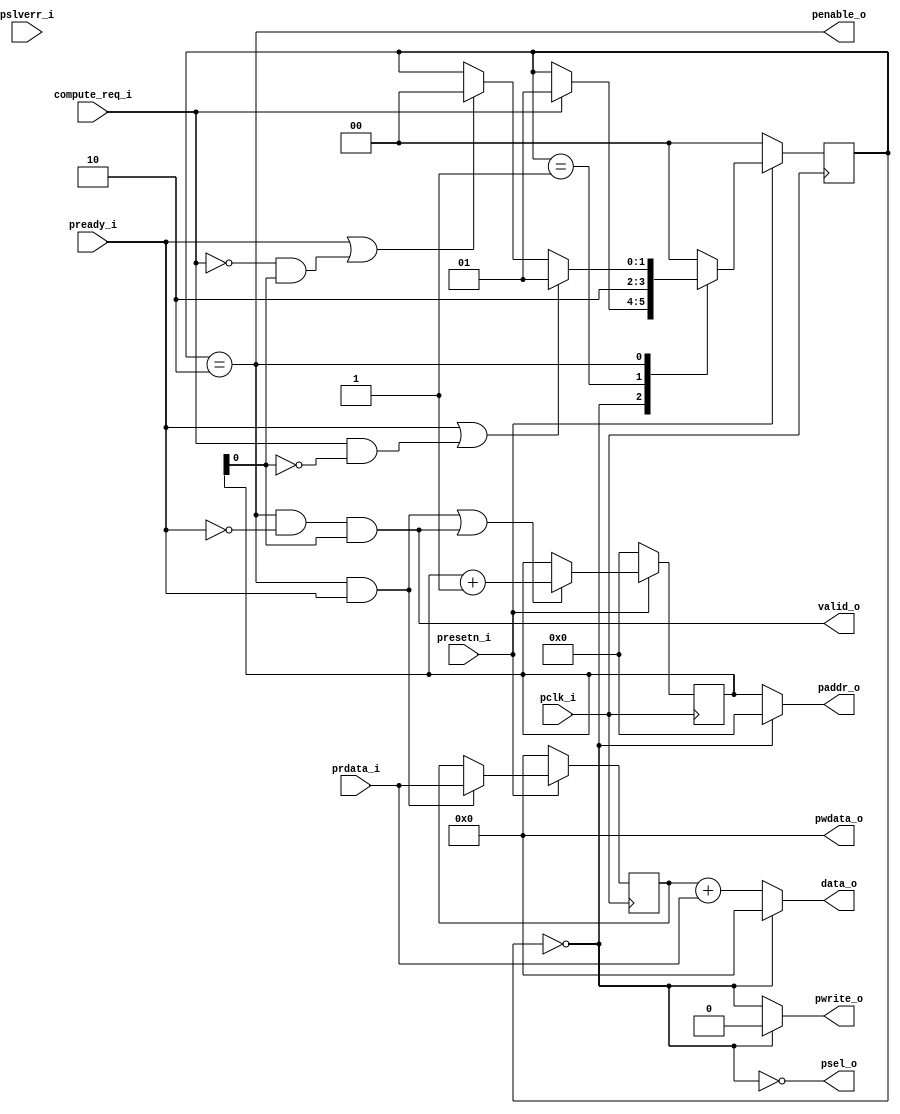

module computer(
input pclk_i,
input presetn_i,
input compute_req_i,
input [31:0] prdata_i,
input pready_i,
input pslverr_i,
output psel_o,
output penable_o,
output [7:0] paddr_o,
output [31:0] pwdata_o,
output pwrite_o,
output [31:0] data_o,
output valid_o
    );
    reg [7:0] ad_counter=0;
    reg [31:0] reg_data;
    
    localparam idle = 2'b00;
    localparam setup = 2'b01;
    localparam transfer = 2'b10;
    
    reg [1:0] state, state_next;
       
    always@(posedge pclk_i) begin
        if(~presetn_i)
            state <= idle;
        else
            state <= state_next;       
        end
    
    always@(posedge pclk_i)begin
        if(~presetn_i) ad_counter<=0;
        else if((state == transfer & pready_i)|valid_o) ad_counter<=ad_counter+1;    //address counter
    end
    
    always@(posedge pclk_i)begin
        if(~presetn_i)  reg_data<=0;
        else if(state == transfer & pready_i) reg_data<=prdata_i;          //register   
    end
    
    always@(*) begin
    state_next = state;
        case(state)
            default: state_next = idle;
	        idle: if(compute_req_i) state_next=setup;
	        setup: state_next=transfer;
	        transfer: begin
	                   if(pready_i|(~compute_req_i & ad_counter[0]))state_next=idle;
	                   if(pready_i|(compute_req_i & ~ad_counter[0]))state_next=setup;
	                   
	                  end
	   endcase
    end 
  //outputs
    assign paddr_o = (~(state==idle)) ? ad_counter : 0;
    assign valid_o=(state==transfer) & ~pready_i & ad_counter[0];
    assign pwdata_o=0;
    assign psel_o = ~(state==idle);
    assign penable_o = (state==transfer);
    assign pwrite_o = (~(state==idle)) ? ~psel_o : 0;
    assign data_o= (state==idle) ? 0 : reg_data + prdata_i;
    
endmodule